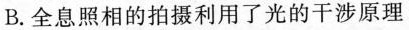
B.全息照相的拍摄利用了光的干涉原理